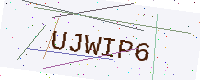
Text: UJWIP6